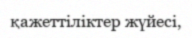
қажеттіліктер жүйесі,